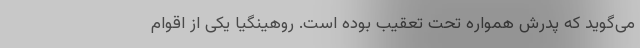
می‌گوید که پدرش همواره تحت تعقیب بوده است. روهینگیا یکی از اقوام